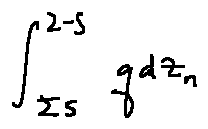
\int \limits _ { \sum 5 } ^ { 2 - S } q d z _ { n }